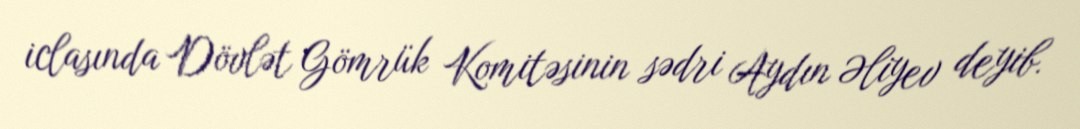
iclasında Dövlət Gömrük Komitəsinin sədri Aydın Əliyev deyib.